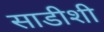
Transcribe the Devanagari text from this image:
साडीशी